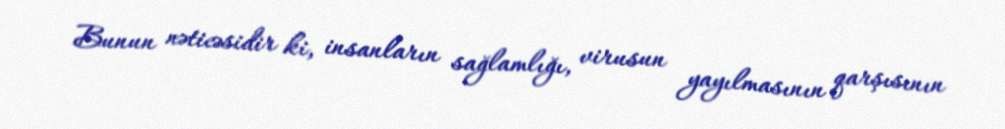
Bunun nəticəsidir ki, insanların sağlamlığı, virusun yayılmasının qarşısının